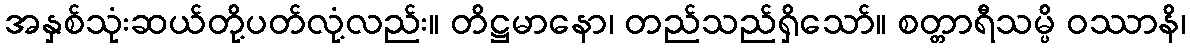
အနှစ်သုံးဆယ်တို့ပတ်လုံ့လည်း။ တိဋ္ဌမာနော၊ တည်သည်ရှိသော်။ စတ္တာရီသမ္ပိ ဝဿာနိ၊